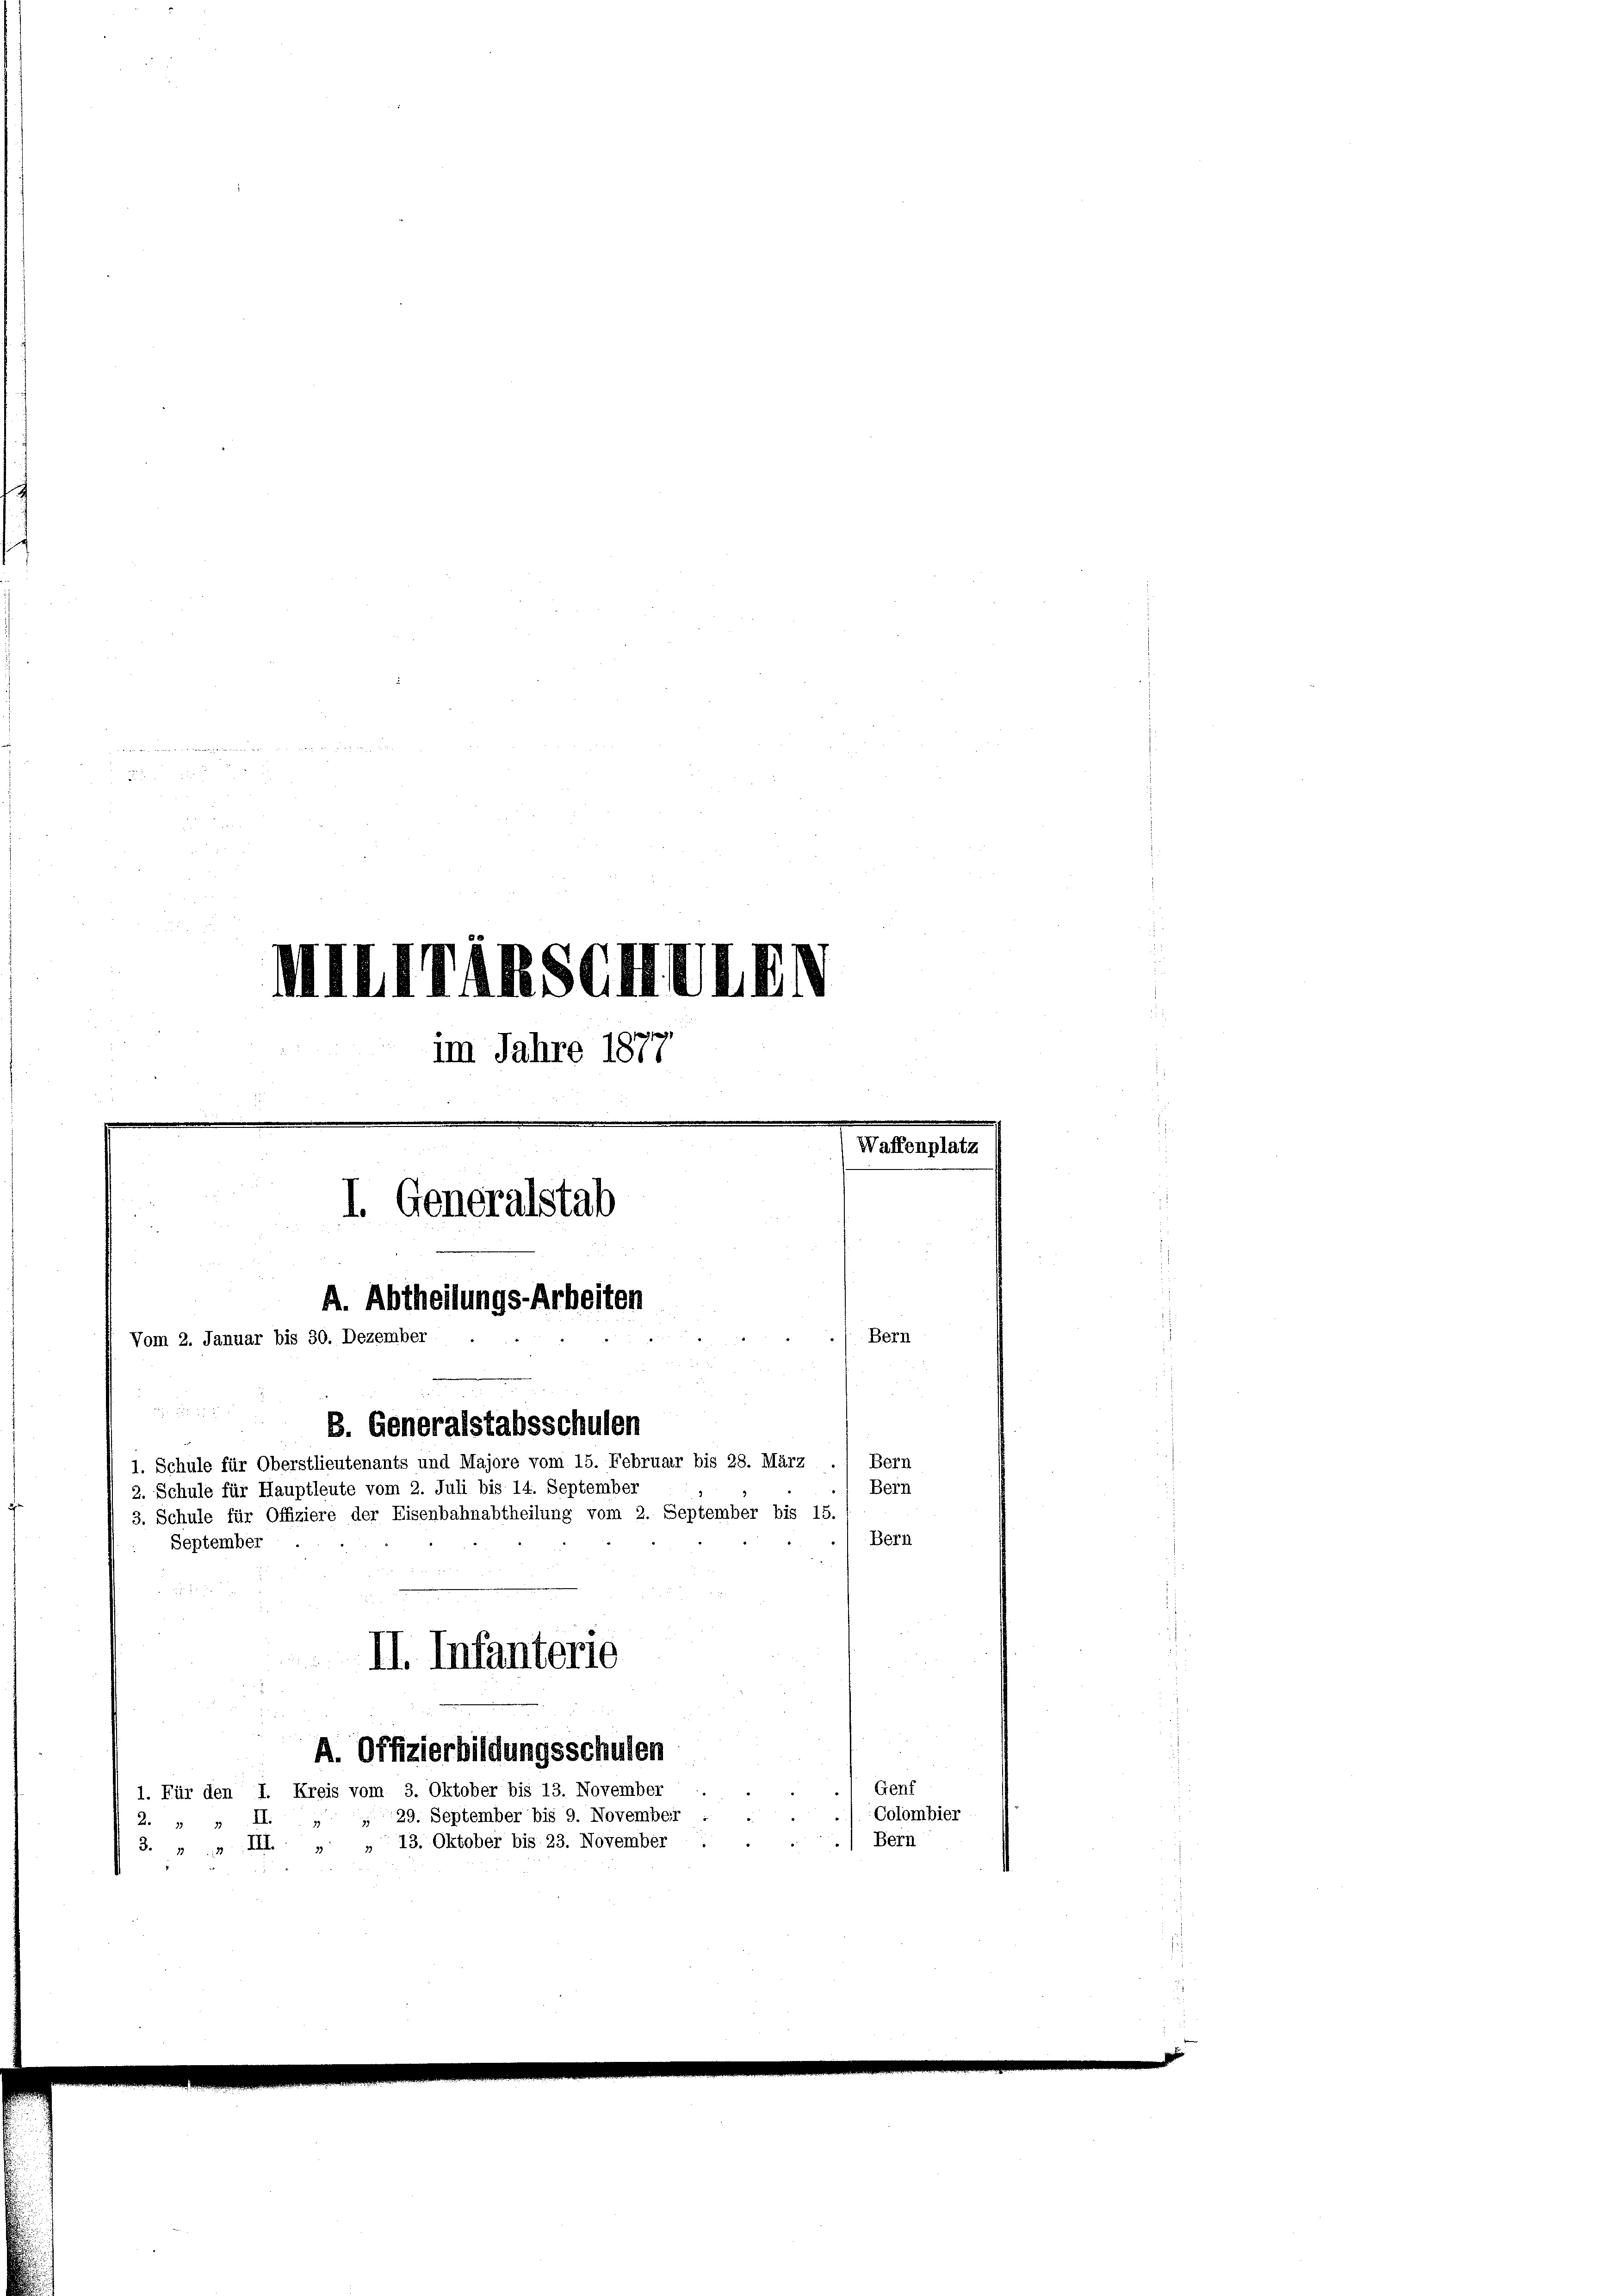
u
a. a. a. a. Abendlich das ei

im Jahre 1811
Waffenplatz
I. Generalstab
A. Abtheilungs-Arbeiten
Bern
Vom 2. Januar bis 30. Dezember

B. Generalstabsschulen
Bern
1. Schule für Oberstlieutenants und Majore vom 15. Februar bis 28. März
Bern
2. Schule für Hauptleute vom 2. Juli bis 14. September
3. Schule für Offiziere der Eisenbahnabtheilung vom 2. September bis 15.
Bern
September
d
II. Infanterie
A. Offizierbildungsschulen
Genf
1. Für den I. Kreis vom 3. Oktober bis 13. November.
Colombier
29. September bis 9. November

2.
II.
Bern
3. „ „ III. „ „ 13. Oktober bis 23. November